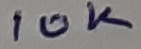
Text: 10K